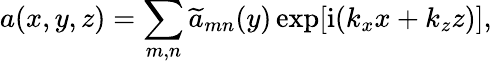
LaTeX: a(x,y,z)=\sum_{m,n}\widetilde{a}_{mn}(y)\exp[\mathrm{i}(k_{x}x+k_{z}z)],